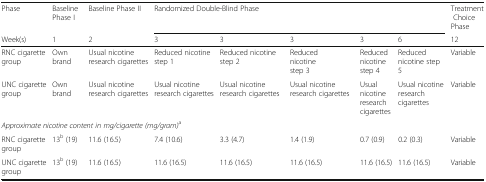
| Phase | Baseline Phase I | Baseline Phase II | <COLSPAN=5> Randomized Double-Blind Phase | Treatment Choice Phase |
 | Week(s) | 1 | 2 | 3 | 3 | 3 | 3 | 6 | 12 |
 | --- | --- | --- | --- | --- | --- | --- | --- | --- |
 | RNC cigarette group | Own brand | Usual nicotine research cigarettes | Reduced nicotine step 1 | Reduced nicotine step 2 | Reduced nicotine step 3 | Reduced nicotine step 4 | Reduced nicotine step 5 | Variable |
 | UNC cigarette group | Own brand | Usual nicotine research cigarettes | Usual nicotine research cigarettes | Usual nicotine research cigarettes | Usual nicotine research cigarettes | Usual nicotine research cigarettes | Usual nicotine research cigarettes | Variable |
 | <COLSPAN=9> Approximate nicotine content in mg/cigarette (mg/gram)a |
 | RNC cigarette group | 13b (19) | 11.6 (16.5) | 7.4 (10.6) | 3.3 (4.7) | 1.4 (1.9) | 0.7 (0.9) | 0.2 (0.3) | Variable |
 | UNC cigarette group | 13b (19) | 11.6 (16.5) | 11.6 (16.5) | 11.6 (16.5) | 11.6 (16.5) | 11.6 (16.5) | 11.6 (16.5) | Variable |